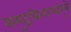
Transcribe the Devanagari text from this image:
समुद्रकिनार्‍यांमुळे